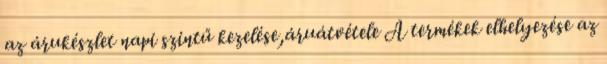
az árukészlet napi szintű kezelése,áruátvétele A termékek elhelyezése az